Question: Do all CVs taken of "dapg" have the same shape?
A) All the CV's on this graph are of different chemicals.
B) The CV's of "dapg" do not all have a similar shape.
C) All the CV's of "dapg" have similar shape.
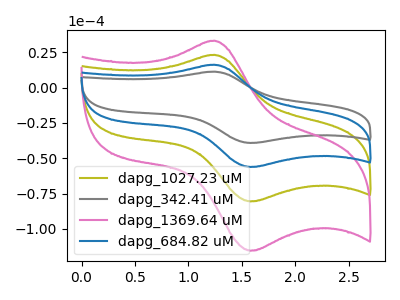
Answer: <think>The olive curve "dapg_1027.23 uM" has an anodic peak at (1.25V, 32.25uA) and a cathodic peak at (1.60V, -112.35uA). The gray curve "dapg_342.41 uM" has an anodic peak at (1.25V, 11.25uA) and a cathodic peak at (1.60V, -39.20uA). The pink curve "dapg_1369.64 uM" has an anodic peak at (1.25V, 48.40uA) and a cathodic peak at (1.60V, -168.50uA). The blue curve "dapg_684.82 uM" has an anodic peak at (1.25V, 16.15uA) and a cathodic peak at (1.60V, -56.15uA).
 All the peaks in "dapg_1027.23 uM" have a peak in "dapg_342.41 uM" at the same potential. Every peak in "dapg_1027.23 uM" is higher than every peak in "dapg_342.41 uM". All the peaks in "dapg_1027.23 uM" have a peak in "dapg_1369.64 uM" at the same potential. Every peak in "dapg_1027.23 uM" is lower than every peak in "dapg_1369.64 uM". All the peaks in "dapg_1027.23 uM" have a peak in "dapg_684.82 uM" at the same potential. Every peak in "dapg_1027.23 uM" is higher than every peak in "dapg_684.82 uM". All the peaks in "dapg_342.41 uM" have a peak in "dapg_1369.64 uM" at the same potential. Every peak in "dapg_342.41 uM" is lower than every peak in "dapg_1369.64 uM". All the peaks in "dapg_342.41 uM" have a peak in "dapg_684.82 uM" at the same potential. Every peak in "dapg_342.41 uM" is lower than every peak in "dapg_684.82 uM". All the peaks in "dapg_1369.64 uM" have a peak in "dapg_684.82 uM" at the same potential. Every peak in "dapg_1369.64 uM" is higher than every peak in "dapg_684.82 uM".</think>
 <answer>C) All the CV's of "dapg" have similar shape.</answer>
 <eval>C</eval>